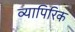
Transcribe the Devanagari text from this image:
व्यापिरिक